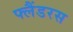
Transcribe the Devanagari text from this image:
फ्लैंडरस